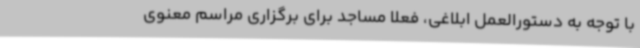
با توجه به دستورالعمل ابلاغی، فعلاً مساجد برای برگزاری مراسم معنوی